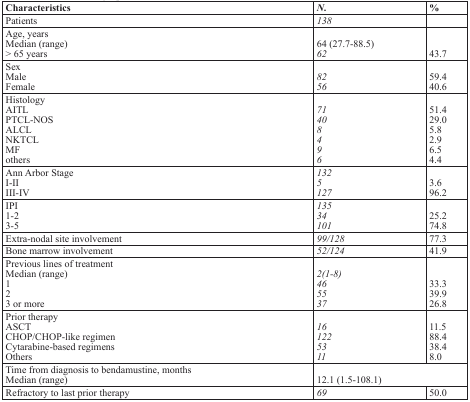
| Characteristics | N. | % |
 | --- | --- | --- |
 | Patients | 138 |  |
 | Age, years |  |  |
 | Median (range) | 64 (27.7-88.5) |  |
 | > 65 years | 62 | 43.7 |
 | Sex |  |  |
 | Male | 82 | 59.4 |
 | Female | 56 | 40.6 |
 | Histology |  |  |
 | AITL | 71 | 51.4 |
 | PTCL-NOS | 40 | 29.0 |
 | ALCL | 8 | 5.8 |
 | NKTCL | 4 | 2.9 |
 | MF | 9 | 6.5 |
 | others | 6 | 4.4 |
 | Ann Arbor Stage | 132 |  |
 | I-II | 5 | 3.6 |
 | III-IV | 127 | 96.2 |
 | IPI | 135 |  |
 | 1-2 | 34 | 25.2 |
 | 3-5 | 101 | 74.8 |
 | Extra-nodal site involvement | 99/128 | 77.3 |
 | Bone marrow involvement | 52/124 | 41.9 |
 | Previous lines of treatment |  |  |
 | Median (range) | 2(1-8) |  |
 | 1 | 46 | 33.3 |
 | 2 | 55 | 39.9 |
 | 3 or more | 37 | 26.8 |
 | Prior therapy |  |  |
 | ASCT | 16 | 11.5 |
 | CHOP/CHOP-like regimen | 122 | 88.4 |
 | Cytarabine-based regimens | 53 | 38.4 |
 | Others | 11 | 8.0 |
 | Time from diagnosis to bendamustine, months | <COLSPAN=2>  |
 | Median (range) | <COLSPAN=2> 12.1 (1.5-108.1) |
 | Refractory to last prior therapy | 69 | 50.0 |